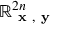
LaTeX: \mathbb { R } _ { { \textbf { x } } , { \textbf { y } } } ^ { 2 n }